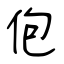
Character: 佨